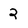
Character: 2